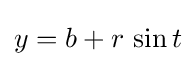
y=b+r\,\sin t\,\!